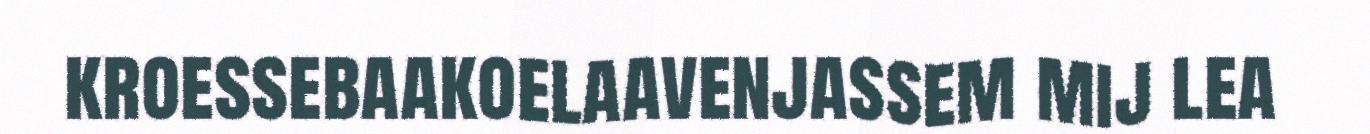
kroessebaakoelaavenjassem mij lea